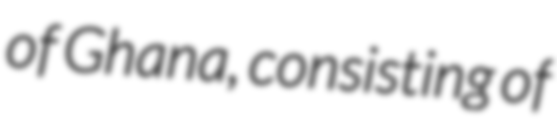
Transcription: of Ghana, consisting of